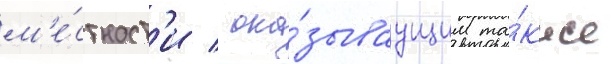
м'е́стност'и / ока́зываущим та́кже